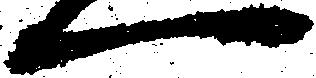
一